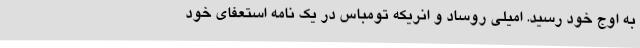
به اوج خود رسید. امیلی روساد و انریکه تومباس در یک نامه استعفای خود